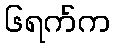
၆ရက်က